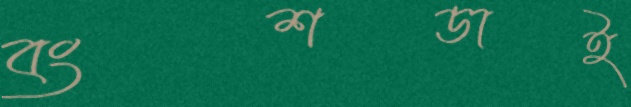
বংশডাই